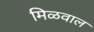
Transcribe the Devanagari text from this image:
मिळवाल